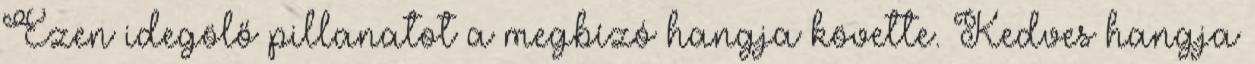
Ezen idegölő pillanatot a megbízó hangja követte. Kedves hangja